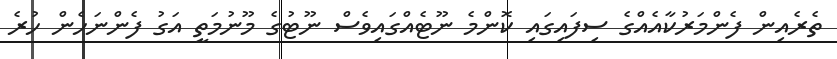
ތެރެއިން ފެންމަރުކާއެއްގެ ސިފައިގައި ކޮންމެ ނޫޓެއްގައިވެސް ނޫޓުގެ މޫނުމަތީ އަގު ފެންނަހެން ހުރެ